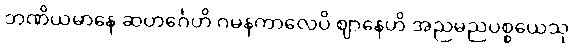
ဘဏိယမာနေ ဆဟင်္ဂေဟိ ဂမနကာလေပိ ဈာနေဟိ အညမညပစ္စယေသု